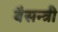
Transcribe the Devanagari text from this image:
बैसन्त्री